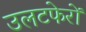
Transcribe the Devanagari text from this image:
उलटफेरों